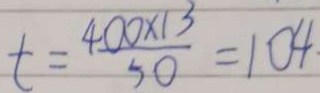
t = \frac { 4 0 0 \times 1 3 } { 5 0 } = 1 0 4